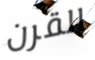
القرن